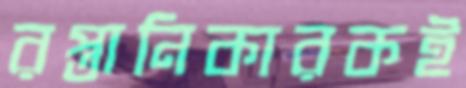
রপ্তানিকারকই